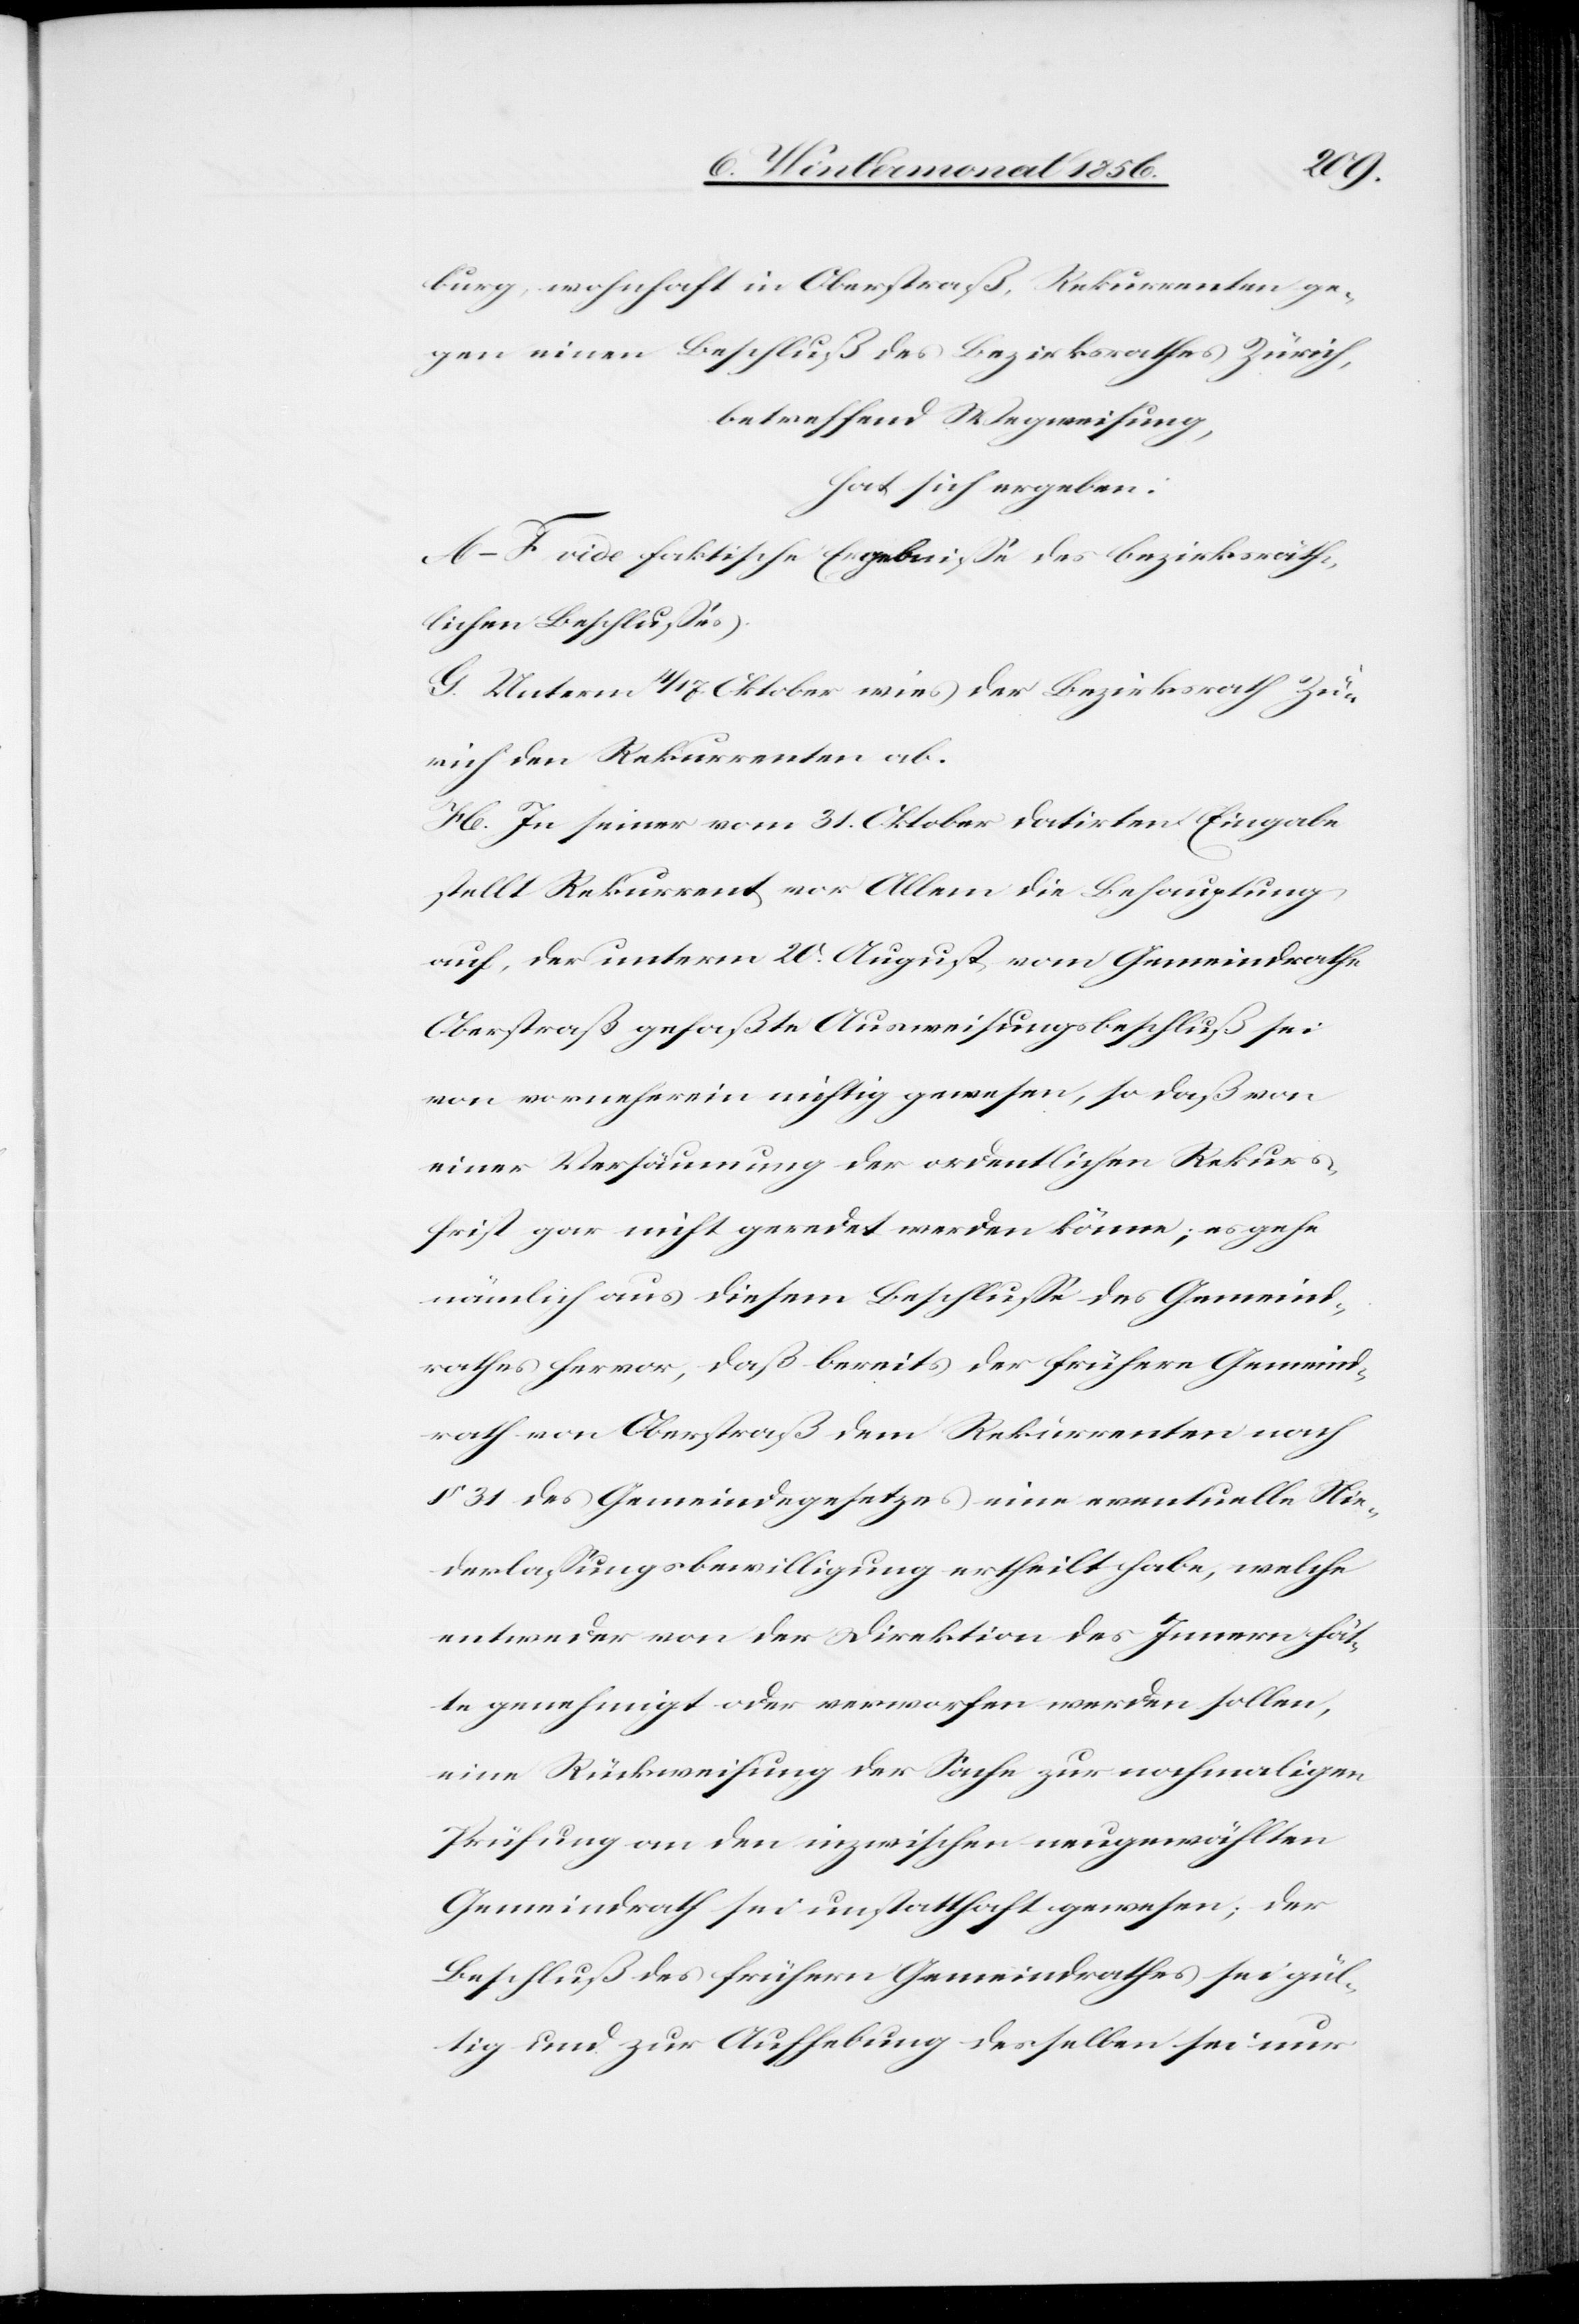
burg, wohnhaft in Oberstraß, Rekurrenten ge¬
gen einen Beschluß des Bezirksrathes Zürich,
betreffend Wegweisung,
hat sich ergeben:
A.–F. vide faktische Ergebnisse des bezirksräth¬
lichen Beschlusses.
G. Unterm 4/17. Oktober wies der Bezirksrath Zü¬
rich den Rekurrenten ab.
H. In seiner vom 31. Oktober datirten Eingabe
stellt Rekurrent vor Allem die Behauptung
auf, der unterm 20. August vom Gemeindrathe
Oberstraß gefaßte Ausweisungsbeschluß sei
von vorneherein nichtig gewesen, so daß von
einer Versäumung der ordentlichen Rekurs¬
frist gar nicht geredet werden könne; es gehe
nämlich aus diesem Beschlusse des Gemeind¬
rathes hervor, daß bereits der frühere Gemeind¬
rath von Oberstraß dem Rekurrenten nach
§ 31 des Gemeindegesetzes eine eventuelle Nie¬
derlassungsbewilligung ertheilt habe, welche
entweder von der Direktion des Innern hät¬
te genehmigt oder verworfen werden sollen,
eine Rückweisung der Sache zur nochmaligen
Prüfung an den inzwischen neugewählten
Gemeindrath sei unstatthaft gewesen; der
Beschluß des frühern Gemeindrathes sei gül¬
tig und zur Aufhebung desselben sei nur